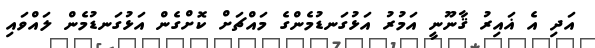
އަދި އެ ޣައިރު ޤާނޫނީ އަމުރު އަޅުގަނޑުމެންގެ މައްޗަށް ކޮށްގެން އަޅުގަނޑުމެން ލައްވައި